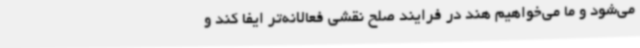
می‌شود و ما می‌خواهیم هند در فرایند صلح نقشی فعالانه‌تر ایفا کند و